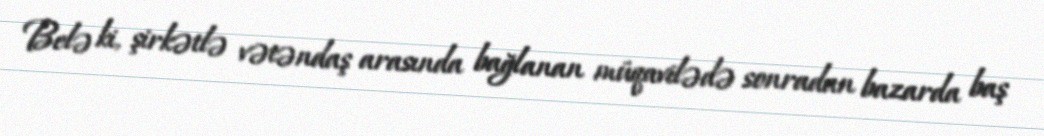
Belə ki, şirkətlə vətəndaş arasında bağlanan müqavilədə sonradan bazarda baş